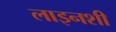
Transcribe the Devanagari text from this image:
लाइनशी